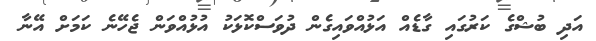
އަދި ބުޝްގެ ކަރުގައި ގާޑެއް އަޅުއްވައިގެން ދުވަސްކޮޅަކު އުޅުއްވަން ޖެހޭނެ ކަމަށް އޭނާ